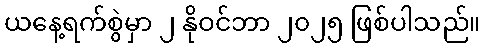
ယနေ့ရက်စွဲမှာ ၂ နိုဝင်ဘာ ၂၀၂၅ ဖြစ်ပါသည်။